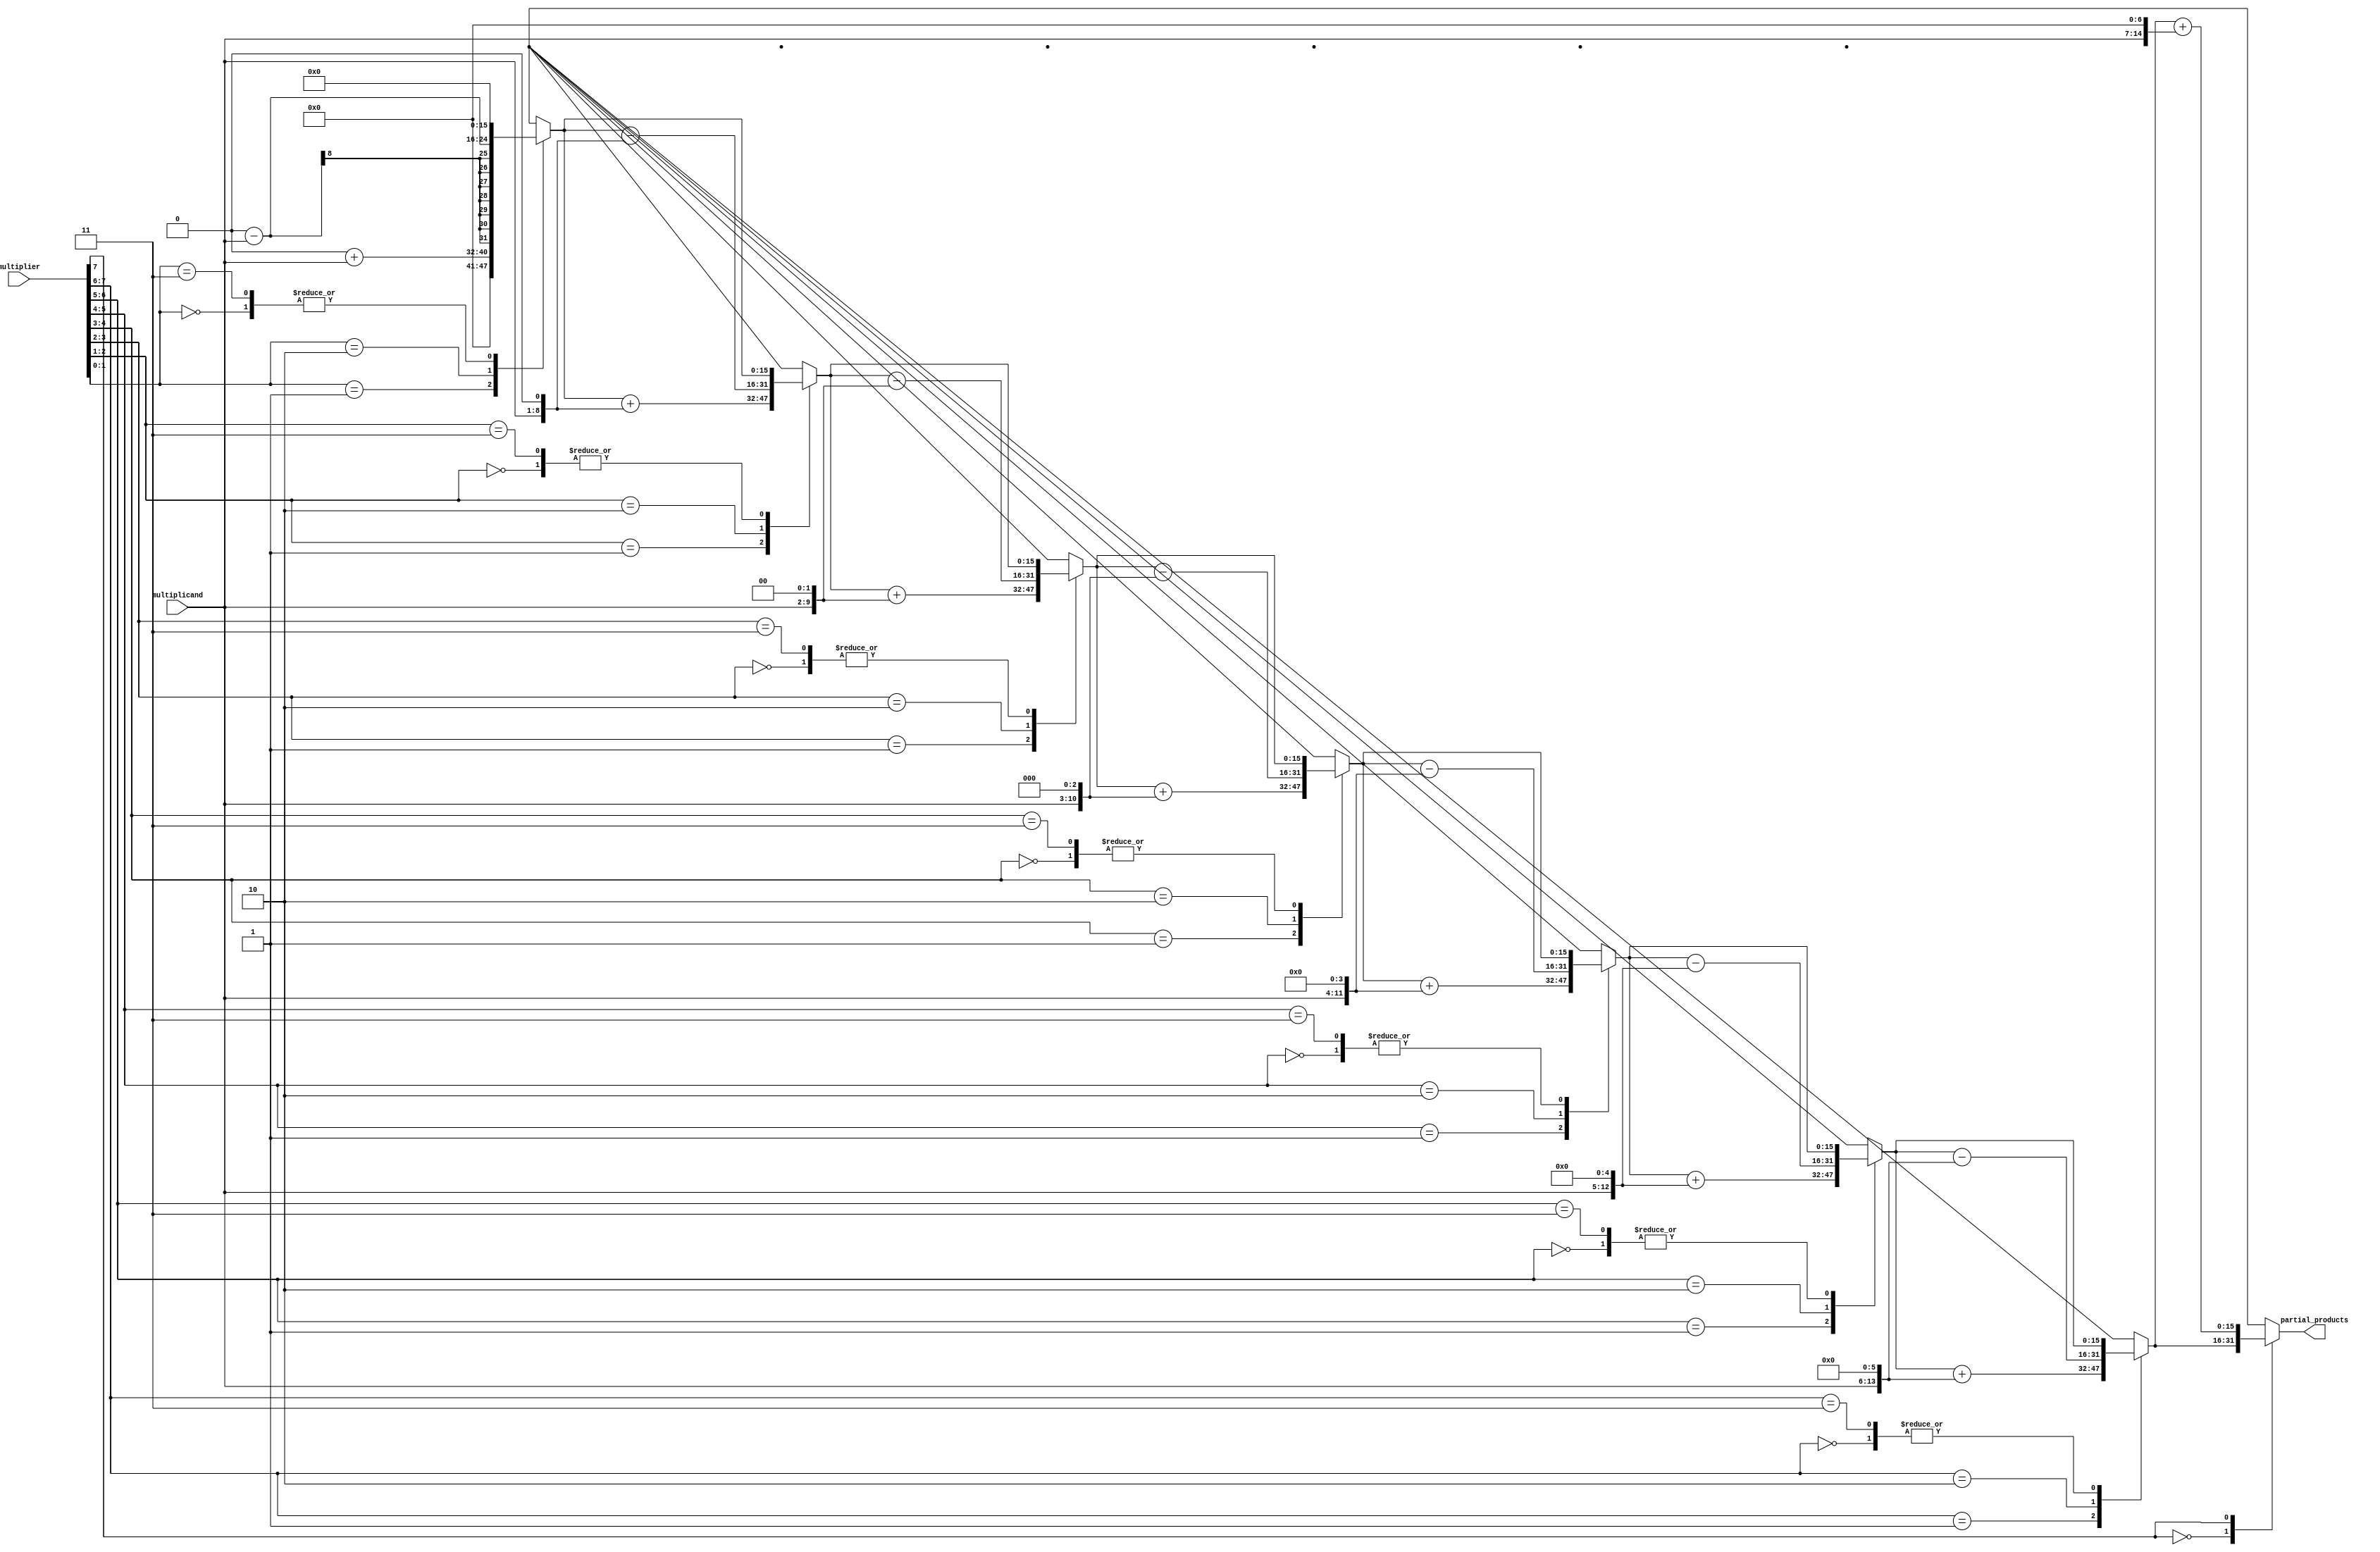
module booth_encoder(
    input signed [N-1:0] multiplicand,
    input signed [N-1:0] multiplier,
    output reg signed [2*N-1:0] partial_products
);
    parameter N = 8; // Bit-width of the numbers
    reg [N:0] Q; // Multiplier with extra bit for Booth's algorithm
    reg [N-1:0] M; // Multiplicand (shifted)
    integer i;

    always @(*) begin
        Q = {1'b0, multiplier}; // Extend multiplier to N+1 bits
        M = multiplicand;
        partial_products = 0;

        for (i = 0; i < N; i = i + 1) begin
            case (Q[i+1:i])
                2'b00: partial_products = partial_products; // Do nothing
                2'b01: partial_products = partial_products + (M << i); // Add M shifted
                2'b10: partial_products = partial_products - (M << i); // Subtract M shifted
                2'b11: partial_products = partial_products; // Do nothing
            endcase
        end
    end
endmodule